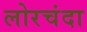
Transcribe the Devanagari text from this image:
लोरचंदा